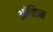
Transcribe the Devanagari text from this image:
आंकिन